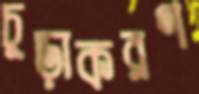
চূড়াকরণ